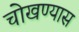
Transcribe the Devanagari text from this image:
चोखण्यास